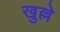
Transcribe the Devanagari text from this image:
खुल्ले